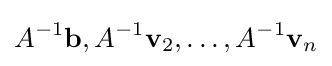
A^{-1}\mathbf {b} ,A^{-1}\mathbf {v} _{2},\ldots ,A^{-1}\mathbf {v} _{n}